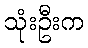
သုံးဦးက